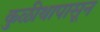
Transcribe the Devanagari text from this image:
कुळीथापासून